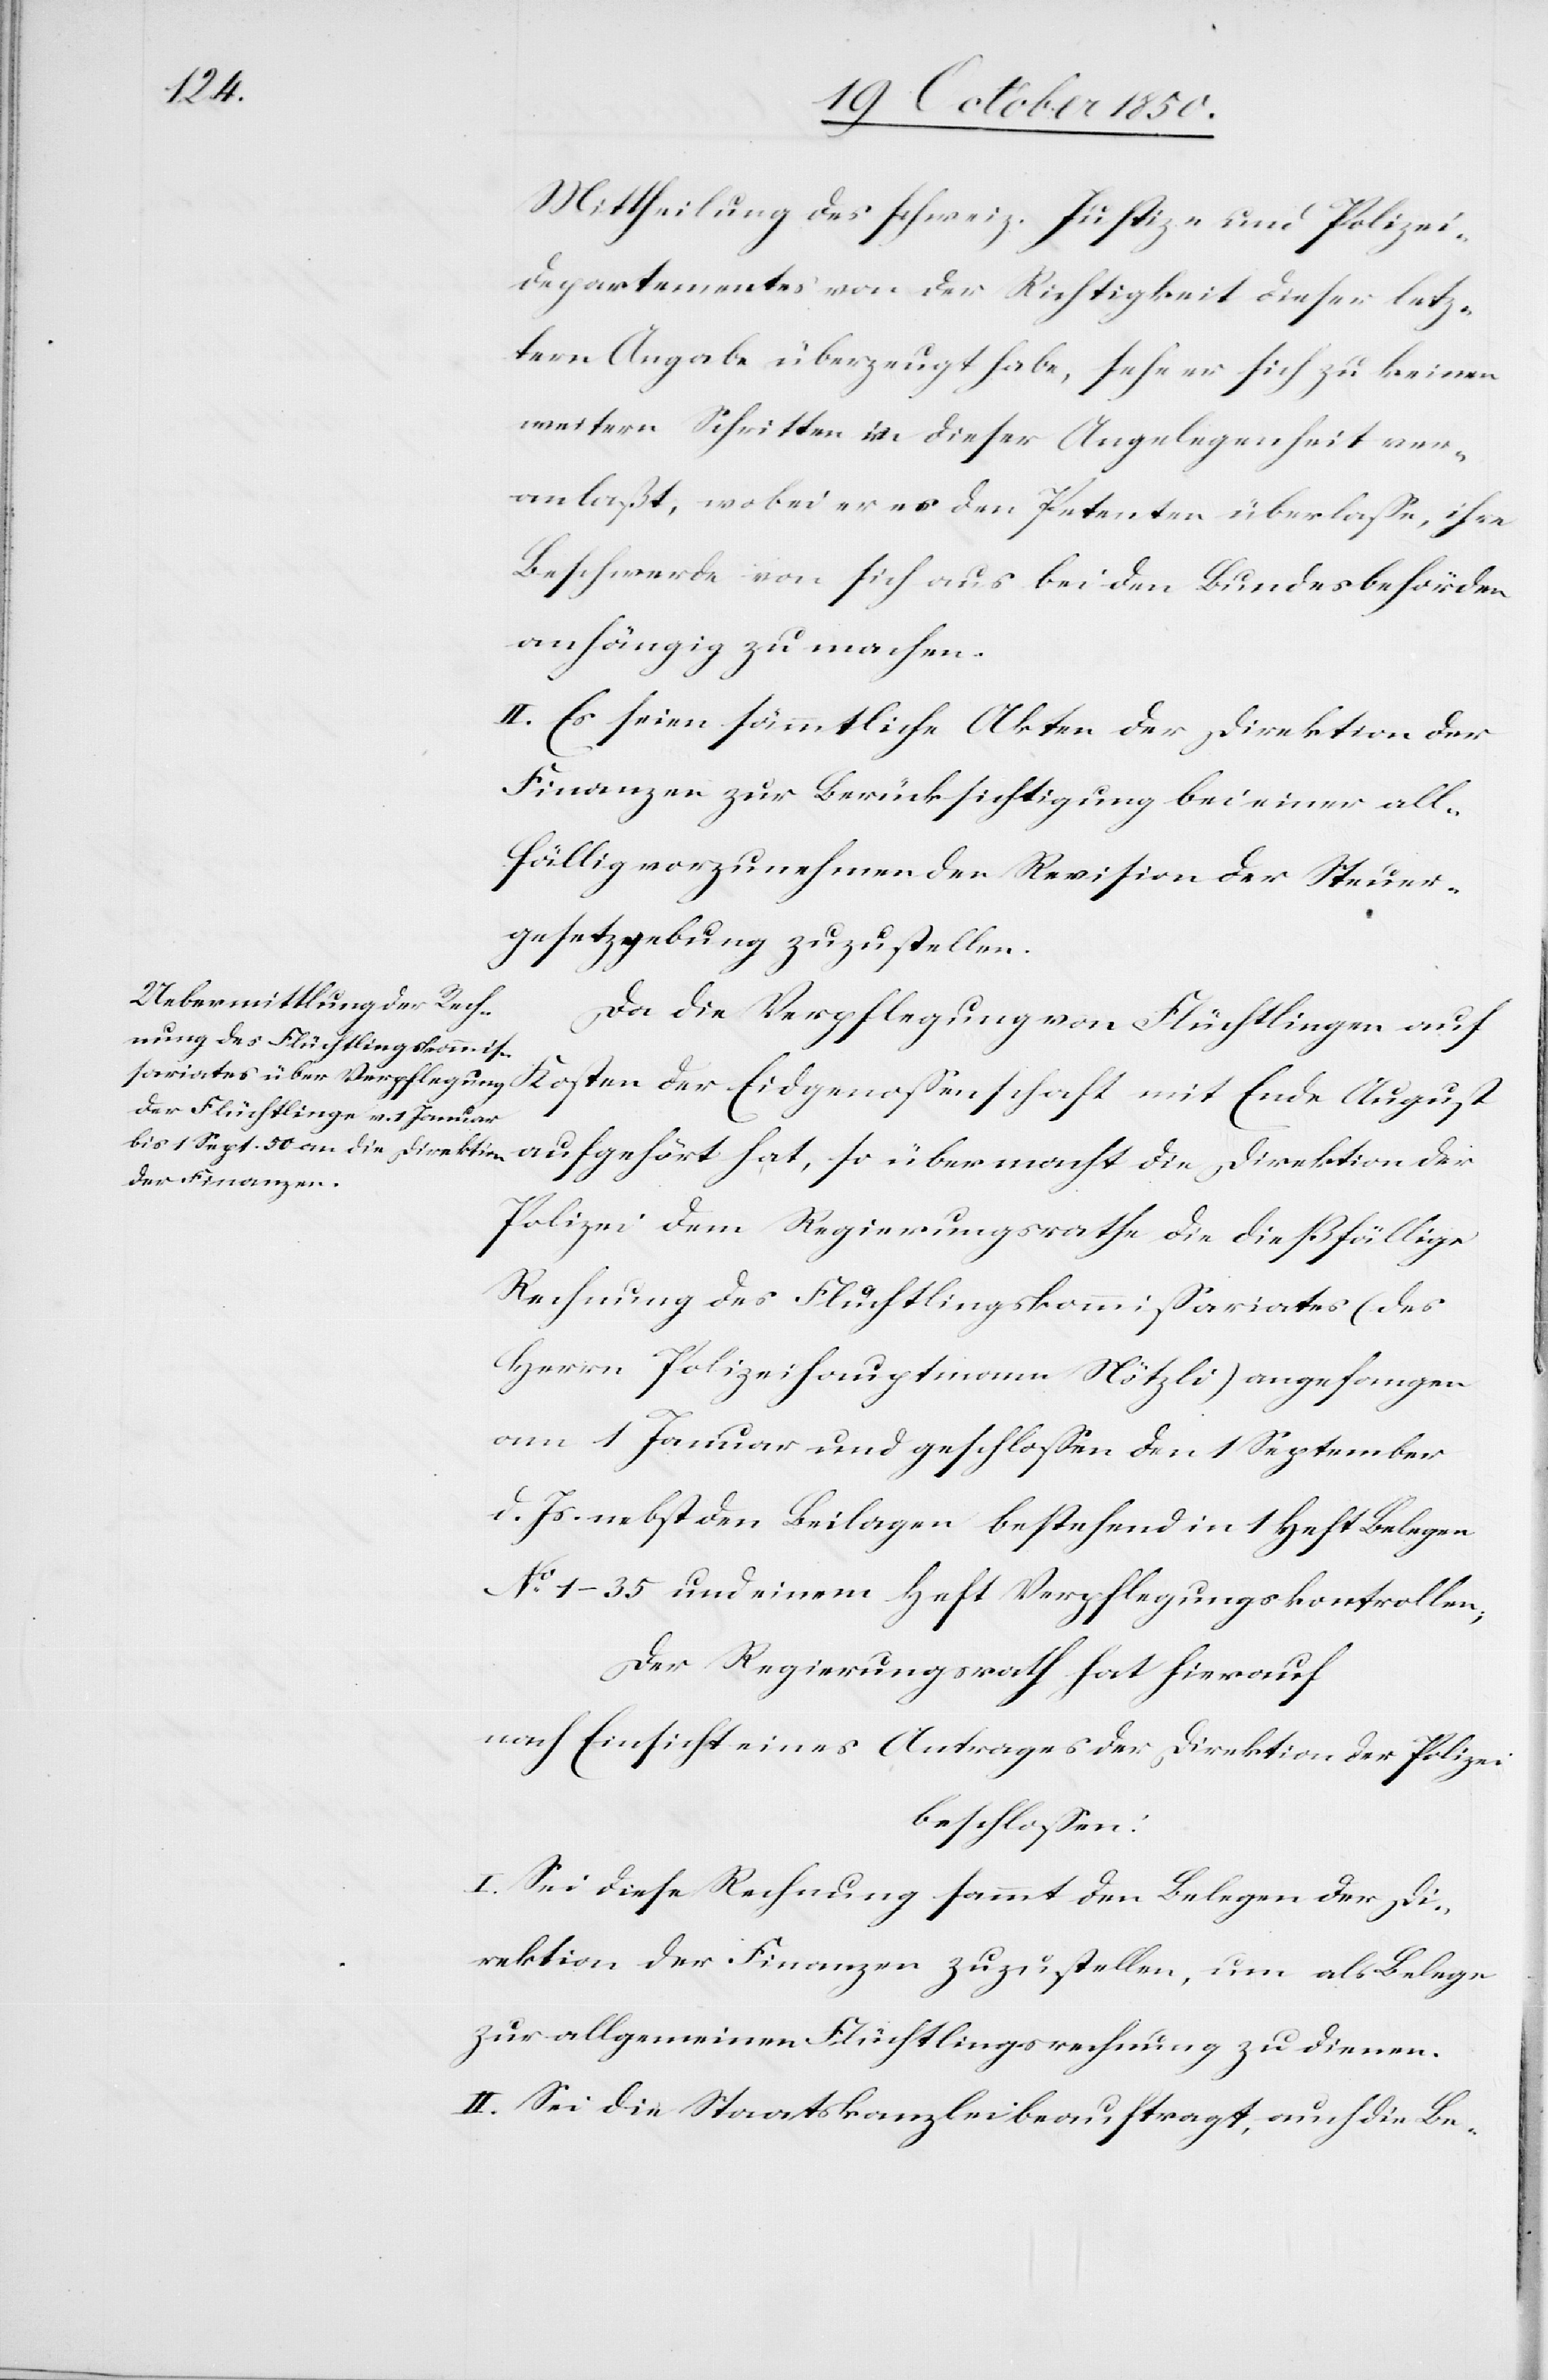
Mittheilung des schweiz. Justiz- und Polizei¬
departementes von der Richtigkeit dieser letz¬
tern Angabe überzeugt habe, sehe er sich zu keinen
weitern Schritten in dieser Angelegenheit ver¬
anlaßt, wobei er es den Petenten überlasse, ihre
Beschwerde von sich aus bei den Bundesbehörden
anhängig zu machen.
II. Es seien sämmtliche Akten der Direktion der
Finanzen zur Berücksichtigung bei einer all¬
fällig vorzunehmenden Revision der Steuer¬
gesetzgebung zuzustellen.
Da die Verpflegung von Flüchtlingen auf
Polizei dem Regierungsrathe die dießfällige
Rechnung des Flüchtlingskommissariates (des
Herrn Polizeihauptmann Nötzli) angefangen
am 1 Januar und geschlossen den 1 September
d. Js. nebst den Beilagen bestehend in 1 Heft Belegen
No 1–35 und einem Heft Verpflegungskontrollen;
Der Regierungsrath hat hierauf
nach Einsicht eines Antrages der Direktion der Polizei
beschlossen:
I. Sei diese Rechnung sammt den Belegen der Di¬
rektion der Finanzen zuzustellen, um als Belege
zur allgemeinen Flüchtlingsrechnung zu dienen.
II. Sei die Staatskanzlei beauftragt, auch die Be-